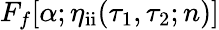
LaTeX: F_{f}[\alpha;\eta_{\mathrm{ii}}(\tau_{1},\tau_{2};n)]